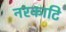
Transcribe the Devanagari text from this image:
नरकाटि